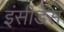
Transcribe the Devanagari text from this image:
इंसीडेंस